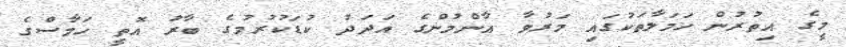
މީގެ އިތުރުން ހަމަލާތަކުގައި މަރުވާ އާންމުންގެ އަދަދު ކުޑަކުރުމުގެ ބާރު އޮތީ ހަމާސްގެ